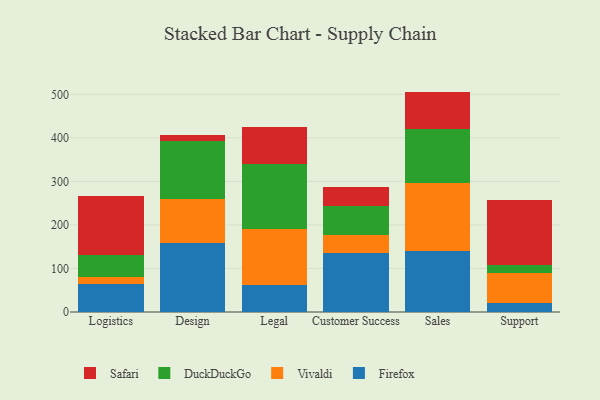
{"axis": {"x": "Department", "y": "Satisfaction Score"}, "legend": ["DuckDuckGo", "Firefox", "Safari", "Vivaldi"], "data": [{"x": "Logistics", "y": 65.1, "type": "Firefox"}, {"x": "Logistics", "y": 15.4, "type": "Vivaldi"}, {"x": "Logistics", "y": 49.5, "type": "DuckDuckGo"}, {"x": "Logistics", "y": 136.9, "type": "Safari"}, {"x": "Design", "y": 157.4, "type": "Firefox"}, {"x": "Design", "y": 101.8, "type": "Vivaldi"}, {"x": "Design", "y": 133.9, "type": "DuckDuckGo"}, {"x": "Design", "y": 14.4, "type": "Safari"}, {"x": "Legal", "y": 62.5, "type": "Firefox"}, {"x": "Legal", "y": 128.7, "type": "Vivaldi"}, {"x": "Legal", "y": 148.1, "type": "DuckDuckGo"}, {"x": "Legal", "y": 84.6, "type": "Safari"}, {"x": "Customer Success", "y": 134.5, "type": "Firefox"}, {"x": "Customer Success", "y": 42.5, "type": "Vivaldi"}, {"x": "Customer Success", "y": 66.4, "type": "DuckDuckGo"}, {"x": "Customer Success", "y": 43.3, "type": "Safari"}, {"x": "Sales", "y": 139.6, "type": "Firefox"}, {"x": "Sales", "y": 156.0, "type": "Vivaldi"}, {"x": "Sales", "y": 125.3, "type": "DuckDuckGo"}, {"x": "Sales", "y": 85.3, "type": "Safari"}, {"x": "Support", "y": 19.8, "type": "Firefox"}, {"x": "Support", "y": 70.7, "type": "Vivaldi"}, {"x": "Support", "y": 18.5, "type": "DuckDuckGo"}, {"x": "Support", "y": 148.1, "type": "Safari"}]}